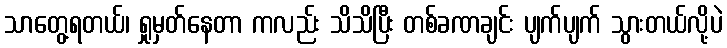
သာတွေ့ရတယ်၊ ရှုမှတ်နေတာ ကလည်း သိသိပြီး တစ်ခဏချင်း ပျက်ပျက် သွားတယ်လို့ပဲ